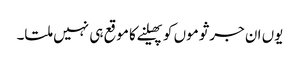
یوں ان جرثوموں کو پھیلنے کا موقع ہی نہیں ملتا۔